Report on the cultivation and use of ganja
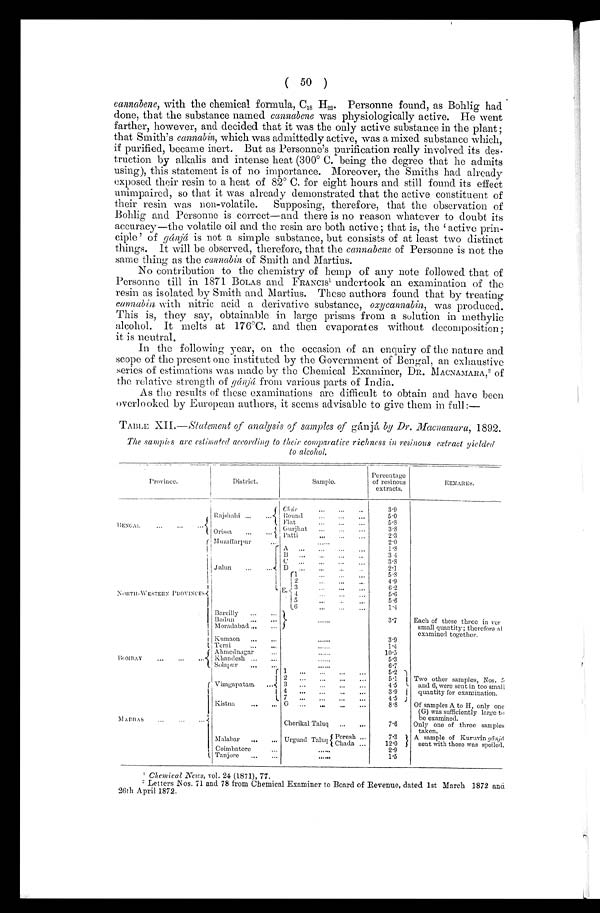
( 50 )
eannabene, with the chemical formula, 018 H82. Personne found, as Bohlig had
done, that the substance named cannabene was physiologically active. He went
farther, however, and decided that it was the only active substance in the plant
that Smith's cannabin, which was admittedly active, was a mixed substance which,
if purified, became inert, But as Personne's purification really involved its des-
truction by alkalis and intense heat (300° C. being the degree that he admits
using), this statement is of no importance. Moreover, the Smiths had already
exposed their resin to a heat of 82° C. for eight hours and still found its effect
unimpaired, so that it was already demonstrated that the active constituent of
their resin was non-volatile. Supposing, therefore, that the observation of
Bohlig and Personne is correct—and there is no reason whatever to doubt its
accuracy—the volatile oil and the resin are both active; that is, the active prin-
ciple' of 012)4 is not a simple substance, but consists of at least two distinct
things. It will be observed, therefore, that the cannabene of Personne is not the
same thing as the cannabin of Smith and Martins.
No contribution to the chemistry of hemp of any note followed that of
Personne till in 1871 BOLAS and FRANCIS ' undertook an examination of the
resin as isolated by Smith and Martins. These authors found that by treating
cannabis with nitric acid a derivative substance, oxycannabin, was produce/
This is, they say, obtainable in large prisms from a solution in methylic
alcohol. It melts at 176°C. and then evaporates without decomposition;
it is neutral.
In the following year, on the occasion of an enquiry of the nature and
scope of the present one instituted by the Government of Bengal, an exhaustive
series of estimations was made by the Chemical Examiner, DR. MACNAMARA, ' of
the relative strength of gánjá from various parts of India.
As the results of these examinations arc difficult to obtain and have been
overlooked by European authors, it seems advisable to give them in full:—
TABLE XII.— Statement of analysis of samples of gánjá by Dr. Macnamara, 1892.
The samples are estimated according to their comparatire richness in resinous extract yieldecl
to alcohol,
Province.
District.
Sample.
Percentage
of resinous
extracts,
liEMAIllis.
BENGAL..
...
...
... I
(
Rajsli aid ..,
...
CA /ii. ..
...
..
.
3.9
I tou n CI
...
...
5 . 0
Flat
...
...
5.3
_
3 1
Orissa
. "
". 1 '
3 .3
(.,urjhat
...
. . .
2.3
Patti
.,.
...
...
2.0
(i
i
,
..\ 011TII -WESTERN Pi:oviNcEs
1
Muzaffarpur...
. .....
I
Jalun
...
....{
1
I
1
1 .8.
13
..
...
3 4
3'3
D
...
—
.
2.1
11
-
-
. . .
5.3
' 2
4 .9
E. 3
...
...
6.2
, 4
...
...
5'6
i 5 3
...
...
.6
5
6..,
...
1 .4
Bareilly
....
......
3.7
Each of these three in tier
small quantity ; therefore al
examined together.
13adun
...
...
'Aloradabad ...
Kumaon.
......
3.9
Terai
...
...
......
1.4
1
1;,,mn,\.Y
...
Ahmcdnagar
......
10.5
Iihandesh .,.
...
......
5.3
' Solapur
...
...
„....
6'7
1
......
...
5 .2
(
I
1
N APII,Ns
...
...
...
(
I
I
1
I
, Vizagapatam
....4
i
1
2
...
...
...
5'1 I Two other samples, Nos. 5
and 6, were sent in too small
quantity for examination.
3
..
...
...
...
4.5 ,-
4
...
.
3'9 I
4.5
1 Kistna
...
... G
...
...
...
...
8.8
Of samples A to H, only one
(G) was sufficiently large to
be examined,
Chcrikal Taluq
...
,..
7'6
Only one of three samples
taken.
Alalabar
...
... Urguad Talus Poresh ...
7.3 t A sample of Kuruvin fp1.21.)4
sent with these was spoiled.
.1 Chada .. .
12'0 J
Coimbatore
. . .
......
2.9
1.5
Tanjore
...
1..1.11
' Chemical News, vol. 24 (1871), 77.
Letters Nos. 71 and 78 from Chemical Examiner to Board of Revenue, dated 1st March 1872 and
26th April 1872.